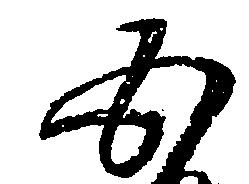
五